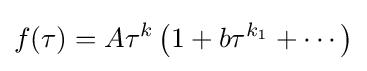
f(\tau )=A\tau ^{k}\left(1+b\tau ^{k_{1}}+\cdots \right)